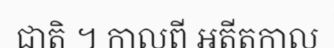
ជាតិ ។ កាលពី អតីតកាល